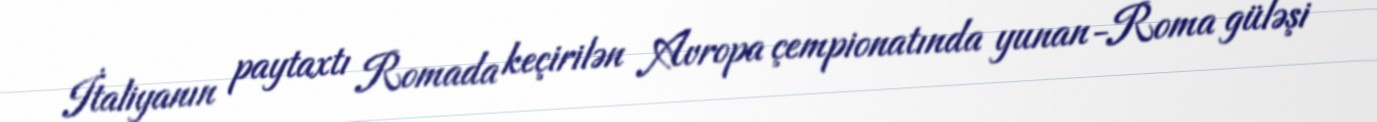
İtaliyanın paytaxtı Romada keçirilən Avropa çempionatında yunan-Roma güləşi